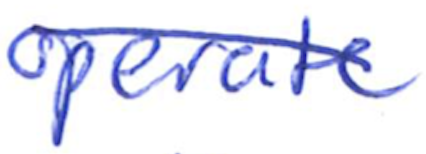
Text: operate
Cross-out: diagonal
Writing tool: ballpoint